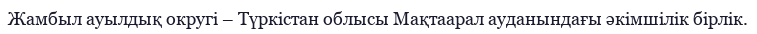
Жамбыл ауылдық округі – Түркістан облысы Мақтаарал ауданындағы әкімшілік бірлік.